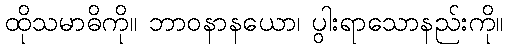
ထိုသမာဓိကို။ ဘာဝနာနယော၊ ပွါးရာသောနည်းကို။